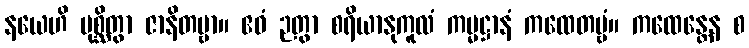
နယေဟိ ပုစ္ဆိတွာ ဇာနိတဗ္ဗာ။ ဧဝံ ဉတွာ စရိယာနုကူလံ ကမ္မဋ္ဌာနံ ကထေတဗ္ဗံ။ ကထေန္တေန စ